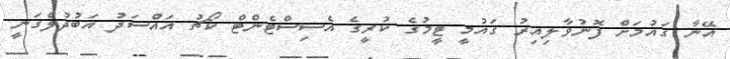
އޭނާ ގައުމަށް ފޮނުވާލިއިރު ގައުމީ ޓީމުގެ ކުރީގެ އެސިސްޓެންޓް ކޯޗު އައްސަދު އަބުދުލްގަނީ